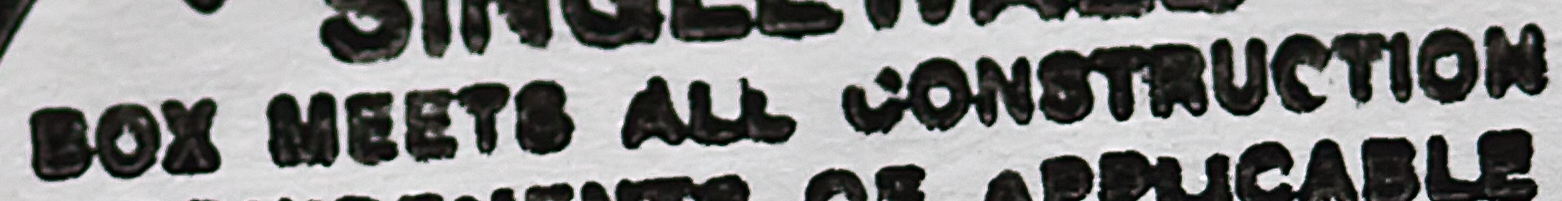
BOX MEETS ALL CONSTRUCTION